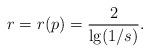
LaTeX: \begin{align*}r = r(p) = \frac {2}{\lg(1/s)}.\end{align*}